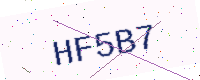
Text: HF5B7